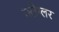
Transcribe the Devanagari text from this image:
फ्लैग्लर